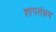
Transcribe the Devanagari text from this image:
शापसंभ्रम